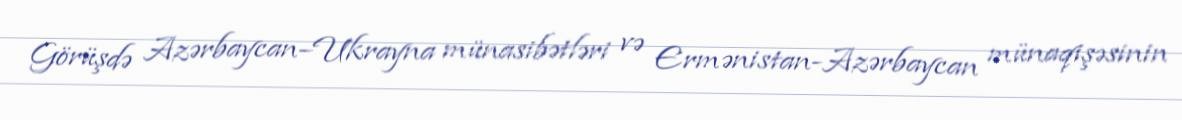
Görüşdə Azərbaycan–Ukrayna münasibətləri və Ermənistan-Azərbaycan münaqişəsinin